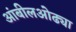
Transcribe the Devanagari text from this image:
आंबीलओढ्या